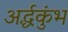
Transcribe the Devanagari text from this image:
अर्द्धकुंभ